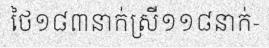
ថៃ១៨៣នាក់ស្រី១១៨នាក់-